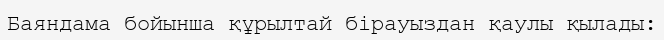
Баяндама бойынша құрылтай бірауыздан қаулы қылады: